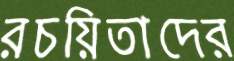
রচয়িতাদের